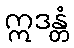
ဣဒန္တံ